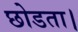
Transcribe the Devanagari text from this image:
छोडता।